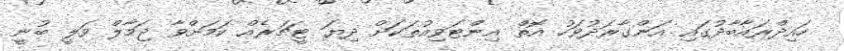
ހައިދްރައާބާދުގައި އަންގާރަދުވަހު އޮތް އިންޓަވިއުތަކަށް ދިޔަ ޓީޗަރެއް ކަމަށްވާ ޖަމާލް ވަލީ ބުނީ